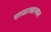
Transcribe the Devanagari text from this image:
शाळाखात्यात